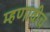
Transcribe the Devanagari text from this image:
म्हणावीच